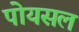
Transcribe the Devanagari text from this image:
पोयसल